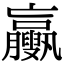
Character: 𦣉